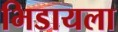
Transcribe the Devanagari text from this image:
भिडायला